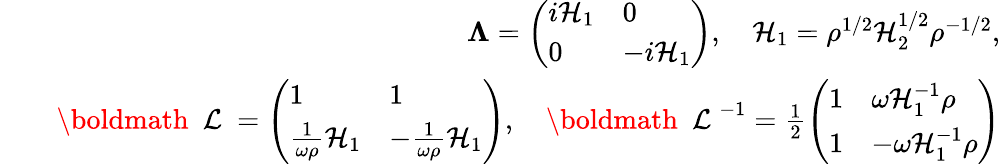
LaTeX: \begin{array}{rlr}&{}&{{\mathbf\Lambda}=\left(\begin{array}{ll}{i{\cal H}_{1}}&{0}\\ {0}&{-i{\cal H}_{1}}\end{array}\right),\quad{\cal H}_{1}=\rho^{1/2}{\cal H}_{2}^{1/2}\rho^{-1/2},}\\ &{}&{{{{\mathrm{\boldmath~{\cal~L}~}}}}=\left(\begin{array}{ll}{1}&{1}\\ {\frac{1}{\omega\rho}{\cal H}_{1}}&{-\frac{1}{\omega\rho}{\cal H}_{1}}\end{array}\right),\quad{{{\mathrm{\boldmath~{\cal~L}~}}}}^{-1}=\frac{1}{2}\left(\begin{array}{ll}{1}&{\omega{\cal H}_{1}^{-1}\rho}\\ {1}&{-\omega{\cal H}_{1}^{-1}\rho}\end{array}\right)}\end{array}